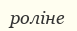
роліне